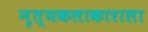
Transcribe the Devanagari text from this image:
नृत्यकलाकाराला